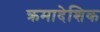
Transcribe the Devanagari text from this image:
क्रमादेशिक